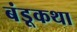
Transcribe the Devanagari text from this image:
बंडूकथा